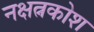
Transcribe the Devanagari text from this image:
नक्षत्नकोश